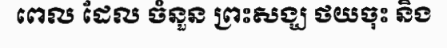
ពេល ដែល ចំនួន ព្រះសង្ឃ ថយចុះ និង